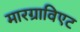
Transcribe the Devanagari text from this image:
मारग्राविएट